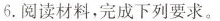
6. 阅读材料，完成下列要求。